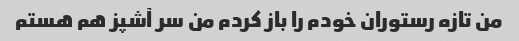
من تازه رستوران خودم را باز کردم من سر آشپز هم هستم